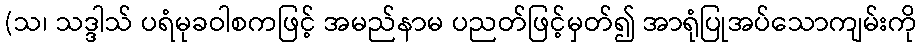
(သ၊ သဒ္ဒါသ် ပရံမုခဝါစကဖြင့် အမည်နာမ ပညတ်ဖြင့်မှတ်၍ အာရုံပြုအပ်သောကျမ်းကို